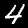
Digit: 4